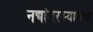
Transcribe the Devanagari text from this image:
नद्यांदरम्यानचा